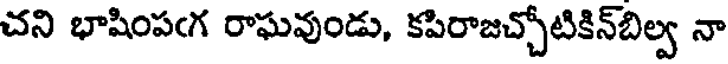
చని భాషింపఁగ రాఘవుండు, కపిరాజచ్చోటికిన్బిల్వ నా